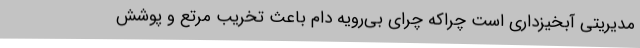
مدیریتی آبخیزداری است چراکه چرای بی‌رویه دام باعث تخریب مرتع و پوشش